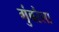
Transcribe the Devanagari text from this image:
गुंबरैला